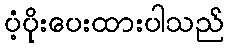
ပံ့ပိုးပေးထားပါသည်